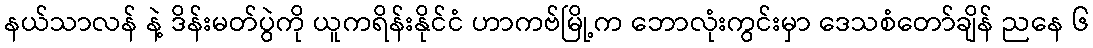
နယ်သာလန် နဲ့ ဒိန်းမတ်ပွဲကို ယူကရိန်းနိုင်ငံ ဟာကဗ်မြို့က ဘောလုံးကွင်းမှာ ဒေသစံတော်ချိန် ညနေ ၆